Lunatic asylums Central Provinces reports 1895-1909 - 1895-1909
Year: 1895
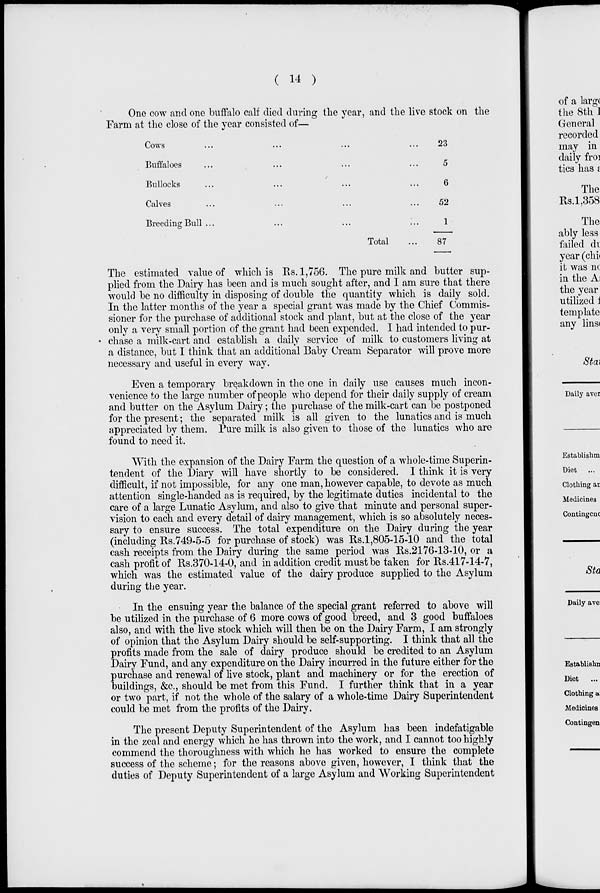
( 14 )
One cow and one buffalo calf died during the year, and the live stock on the
Farm at the close of the year consisted of—
Cows... ... ... ...
Buffaloes... ... ... ...
Bullocks... ... ... ...
Calves... ... ... ...
Breeding Bull ... ... ... ...
Total...
23
5
6
52
1
87
The estimated value of which is Rs. 1,756. The pure milk and butter sup-
plied from the Dairy has been and is much sought after, and I am sure that there
would be no difficulty in disposing of double the quantity which is daily sold.
In the latter months of the year a special grant was made by the Chief Commis-
sioner for the purchase of additional stock and plant, but at the close of the year
only a very small portion of the grant had been expended. I had intended to pur-
chase a milk-cart and establish a daily service of milk to customers living at
a distance, but I think that an additional Baby Cream Separator will prove more
necessary and useful in every way.
Even a temporary breakdown in the one in daily use causes much incon-
venience to the large number of people who depend for their daily supply of cream
and butter on the Asylum Dairy; the purchase of the milk-cart can be postponed
for the present; the separated milk is all given to the lunatics and is much
appreciated by them. Pure milk is also given to those of the lunatics who are
found to need it.
With the expansion of the Dairy Farm the question of a whole-time Superin-
tendent of the Diary will have shortly to be considered. I think it is very
difficult, if not impossible, for any one man, however capable, to devote as much
attention single-handed as is required, by the legitimate duties incidental to the
care of a large Lunatic Asylum, and also to give that minute and personal super-
vision to each and every detail of dairy management, which is so absolutely neces-
sary to ensure success. The total expenditure on the Dairy during the year
(including Rs.749-5-5 for purchase of stock) was Rs.1,805-15-10 and the total
cash receipts from the Dairy during the same period was Rs.2176-13-10, or a
cash profit of Rs.370-14-0, and in addition credit must be taken for Rs.417-14-7,
which was the estimated value of the dairy produce supplied to the Asylum
during the year.
In the ensuing year the balance of the special grant referred to above will
be utilized in the purchase of 6 more cows of good breed, and 3 good buffaloes
also, and with the live stock which will then be on the Dairy Farm, I am strongly
of opinion that the Asylum Dairy should be self-supporting. I think that all the
profits made from the sale of dairy produce should be credited to an Asylum
Dairy Fund, and any expenditure on the Dairy incurred in the future either for the
purchase and renewal of live stock, plant and machinery or for the erection of
buildings, &c., should be met from this Fund. I further think that in a year
or two part, if not the whole of the salary of a whole-time Dairy Superintendent
could be met from the profits of the Dairy.
The present Deputy Superintendent of the Asylum has been indefatigable
in the zeal and energy which he has thrown into the work, and I cannot too highly
commend the thoroughness with which he has worked to ensure the complete
success of the scheme; for the reasons above given, however, I think that the
duties of Deputy Superintendent of a large Asylum and Working Superintendent